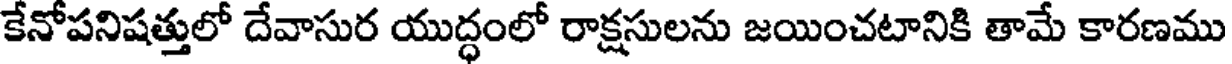
కేనోపనిషత్తులో దేవాసుర యుద్ధంలో రాక్షసులను జయించటానికి తామే కారణము